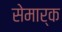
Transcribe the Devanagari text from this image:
सेमार्क